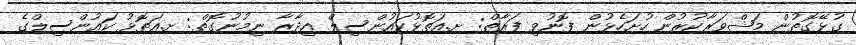
ގުޅޭގޮތުން މަޝްވަރާކުރުން ހުށަހެޅުން ފޮނުވި ފަރާތް: ށ.އަތޮޅުކައުންސިލް އިދާރާ ނިމުނުގޮތް: ށ.އަތޮޅު ކައުންސިލްގެ